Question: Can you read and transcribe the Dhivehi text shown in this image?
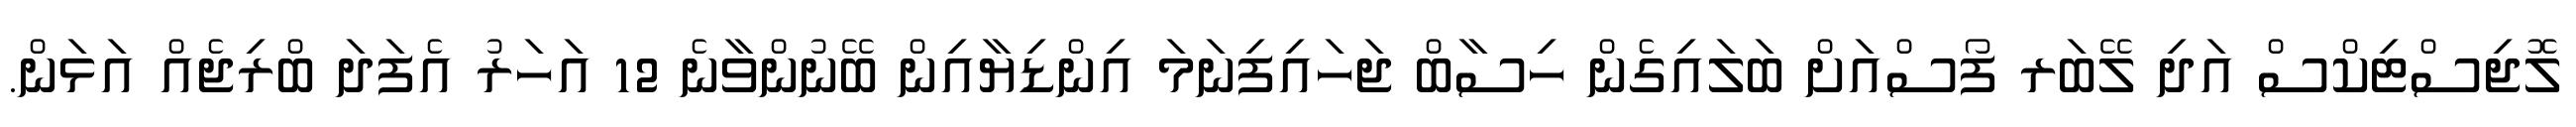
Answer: ލޮޖިސްޓިކްސް އަދި ލޭބަރ ފޯސްއަށް ބަލައިގެން ހިސާބް ޖަހައިފިނަމަ އިންޑިޔާއިން ބޭނުންވާނެ 12 އަހަރު އެފަދަ ބްރިޖެއް އަޅަން.